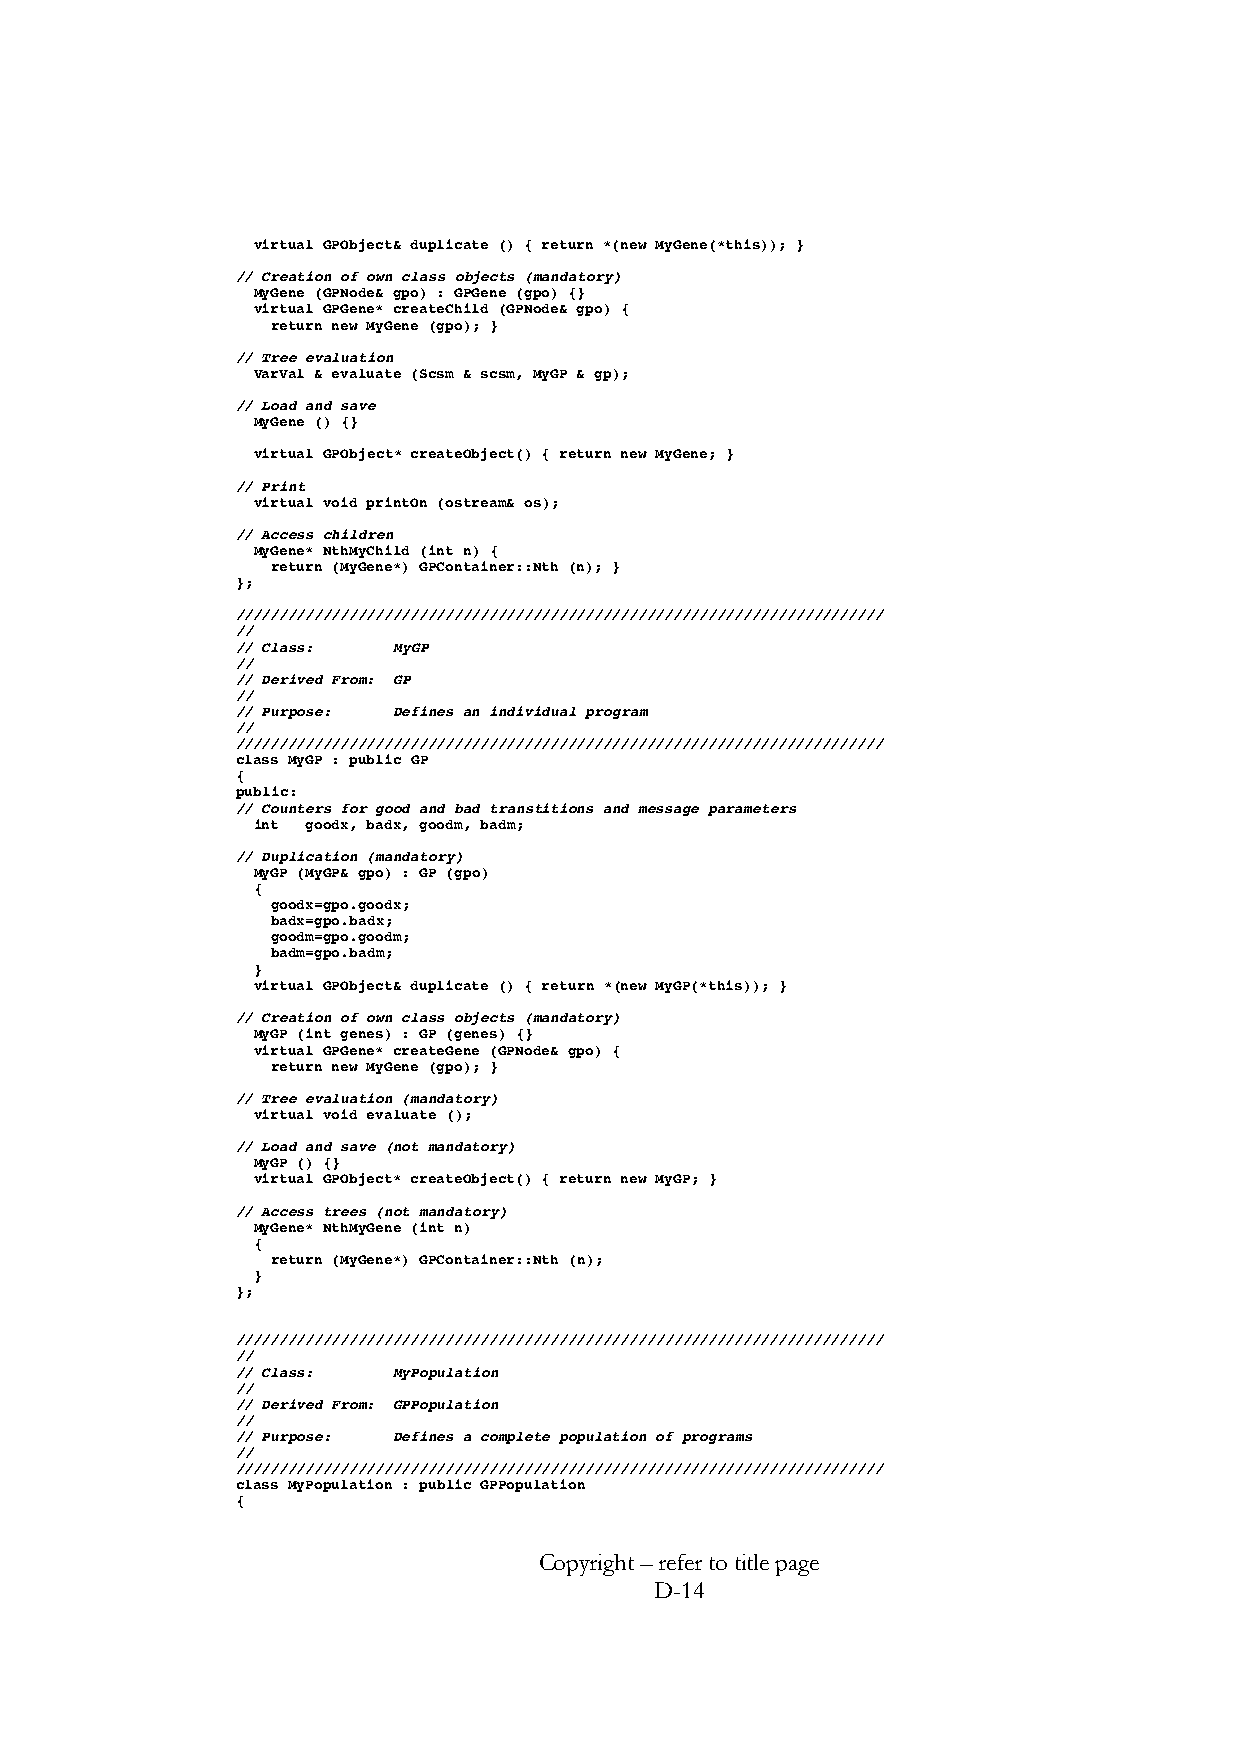
virtual GPObject& duplicate () { return *(new MyGene(*this)); }
 // Creation of own class objects (mandatory)
 MyGene (GPNode& gpo) : GPGene (gpo) {}
 virtual GPGene* createChild (GPNode& gpo) {
 return new MyGene (gpo); }
 // Tree evaluation
 VarVal & evaluate (Scsm & scsm, MyGP & gp);
 // Load and save
 MyGene () {}
 virtual GPObject* createObject() { return new MyGene; }
 // Print
 virtual void printOn (ostream& os);
 // Access children
 MyGene* NthMyChild (int n) {
 return (MyGene*) GPContainer::Nth (n); }
 };
 //////////////////////////////////////////////////////////////////////////
 //
 // Class: MyGP
 //
 // Derived From: GP
 //
 // Purpose: Defines an individual program
 //
 //////////////////////////////////////////////////////////////////////////
 class MyGP : public GP
 {
 public:
 // Counters for good and bad transtitions and message parameters
 int goodx, badx, goodm, badm;
 // Duplication (mandatory)
 MyGP (MyGP& gpo) : GP (gpo)
 {
 goodx=gpo.goodx;
 badx=gpo.badx;
 goodm=gpo.goodm;
 badm=gpo.badm;
 }
 virtual GPObject& duplicate () { return *(new MyGP(*this)); }
 // Creation of own class objects (mandatory)
 MyGP (int genes) : GP (genes) {}
 virtual GPGene* createGene (GPNode& gpo) {
 return new MyGene (gpo); }
 // Tree evaluation (mandatory)
 virtual void evaluate ();
 // Load and save (not mandatory)
 MyGP () {}
 virtual GPObject* createObject() { return new MyGP; }
 // Access trees (not mandatory)
 MyGene* NthMyGene (int n)
 {
 return (MyGene*) GPContainer::Nth (n);
 }
 };
 //////////////////////////////////////////////////////////////////////////
 //
 // Class: MyPopulation
 //
 // Derived From: GPPopulation
 //
 // Purpose: Defines a complete population of programs
 //
 //////////////////////////////////////////////////////////////////////////
 class MyPopulation : public GPPopulation
 {
 Copyright – refer to title page
 D-14